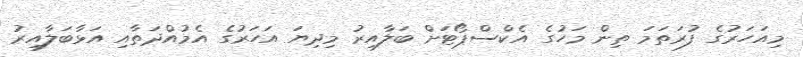
މިއަހަރުގެ ފުރަތަމަ ތިން މަހުގެ އެކްސްޕޯޓަށް ބަލާއިރު މިދިޔަ އަހަރުގެ އެމުއްދަތާއި އަޅާބަލާއިރު